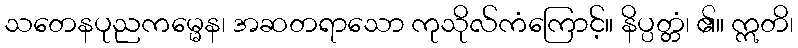
သတေနပုညကမ္မေန၊ အဆတရာသော ကုသိုလ်ကံကြောင့်။ နိပ္ပတ္တံ၊ ၏။ ဣတိ၊